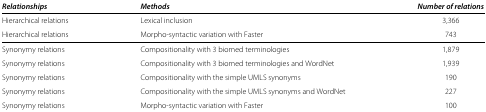
| Relationships | Methods | Number of relations |
 | --- | --- | --- |
 | Hierarchical relations | Lexical inclusion | 3,366 |
 | Hierarchical relations | Morpho-syntactic variation with Faster | 743 |
 | Synonymy relations | Compositionality with 3 biomed terminologies | 1,879 |
 | Synonymy relations | Compositionality with 3 biomed terminologies and WordNet | 1,939 |
 | Synonymy relations | Compositionality with the simple UMLS synonyms | 190 |
 | Synonymy relations | Compositionality with the simple UMLS synonyms and WordNet | 227 |
 | Synonymy relations | Morpho-syntactic variation with Faster | 100 |